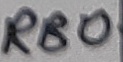
Text: RB0